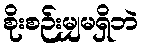
စိုးစဉ်းမျှမရှိဘဲ